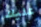
عليك